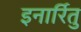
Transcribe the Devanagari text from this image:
इनार्रितु